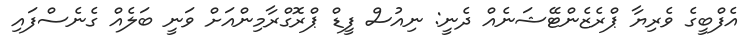
އެފްބީގެ ވެރިޔާ ޕްރެޒެންޓޭޝަނެއް ދެނީ: ނިއުސް ފީޑް ޕްރޮގްރާމިންއަށް ވަނީ ބަލެއް ގެނެސްފައި